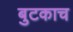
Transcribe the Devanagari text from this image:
बुटकाच